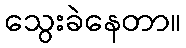
သွေးခဲနေတာ။